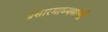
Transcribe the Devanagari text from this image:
प्रसारमाध्यमाची